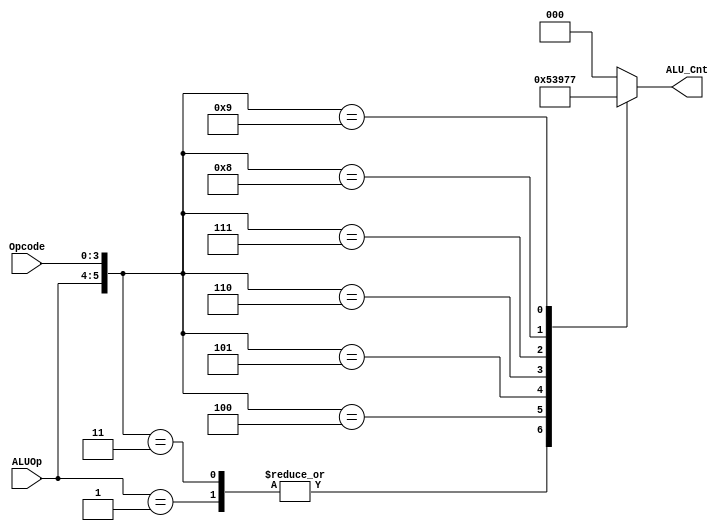
module alu_control(ALU_Cnt, ALUOp, Opcode);
    output reg [2:0] ALU_Cnt;
    input [1:0] ALUOp;
    input [3:0] Opcode;
    wire [5:0] ALUControlIn;
    assign ALUControlIn = {ALUOp, Opcode};
    always @(ALUControlIn)
        casex (ALUControlIn)
            6'b10xxxx: ALU_Cnt = 4'b0000;
            6'b01xxxx: ALU_Cnt = 4'b0001;
            6'b000010: ALU_Cnt = 4'b0000;
            6'b000011: ALU_Cnt = 4'b0001;
            6'b000100: ALU_Cnt = 4'b0010;
            6'b000101: ALU_Cnt = 4'b0011;
            6'b000110: ALU_Cnt = 4'b0100;
            6'b000111: ALU_Cnt = 4'b0101;
            6'b001000: ALU_Cnt = 4'b0110;
            6'b001001: ALU_Cnt = 4'b0111;
            default: ALU_Cnt = 4'b0000;
        endcase
endmodule